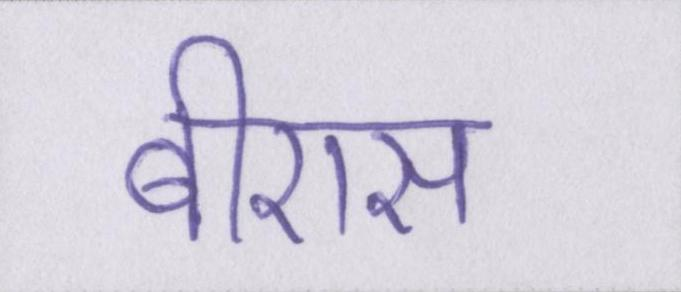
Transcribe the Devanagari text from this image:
बीएस